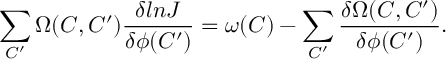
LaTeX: \sum _ { C ^ { \prime } } \Omega ( C , C ^ { \prime } ) { \frac { \delta l n J } { \delta \phi ( C ^ { \prime } ) } } = \omega ( C ) - \sum _ { C ^ { \prime } } { \frac { \delta \Omega ( C , C ^ { \prime } ) } { \delta \phi ( C ^ { \prime } ) } } .